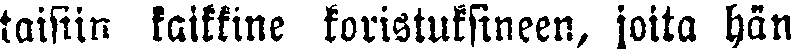
taisiin kaikkine koristuksineen, joita hän